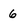
Character: 6